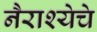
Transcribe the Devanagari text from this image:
नैराश्येचे